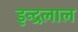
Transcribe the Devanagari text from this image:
इन्द्रलाल